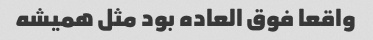
واقعا فوق العاده بود مثل همیشه